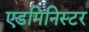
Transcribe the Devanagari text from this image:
एडमिनिस्टर